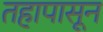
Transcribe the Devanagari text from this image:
तहापासून